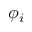
\phi _ { i }